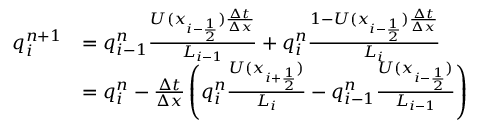
\begin{array} { r l } { q _ { i } ^ { n + 1 } } & { = q _ { i - 1 } ^ { n } \frac { U ( x _ { i - \frac 1 2 } ) \frac { \Delta t } { \Delta x } } { L _ { i - 1 } } + q _ { i } ^ { n } \frac { 1 - U ( x _ { i - \frac 1 2 } ) \frac { \Delta t } { \Delta x } } { L _ { i } } } \\ & { = q _ { i } ^ { n } - \frac { \Delta t } { \Delta x } \left( q _ { i } ^ { n } \frac { U ( x _ { i + \frac 1 2 } ) } { L _ { i } } - q _ { i - 1 } ^ { n } \frac { U ( x _ { i - \frac 1 2 } ) } { L _ { i - 1 } } \right) } \end{array}